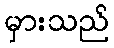
မှားသည်